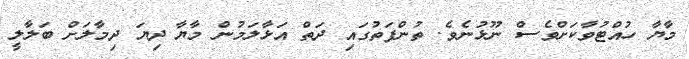
މާޔާ ހުއްޓުވާކަށްވެސް ނޫޅުނެވެ. ތުންފަތުގައި ދަތް އަޅާލަމުން މާޔާ ދިޔަ ދިމާލަށް ބަލާލީ